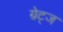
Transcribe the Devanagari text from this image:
ग्रेट्ज